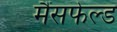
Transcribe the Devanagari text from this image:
मैंसफेल्ड